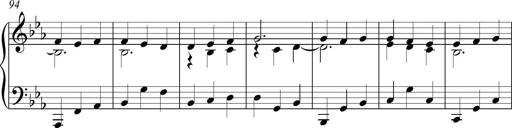
Title: Piano Sonatina in C
Composer: Daniel LÃ©o Simpson
Key: C major